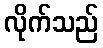
လိုက်သည်